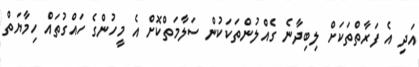
އަދި އެ ފަރާތްތަކަށް ލިބިދާނެ ގެއްލުންތަކަކުން ސަލާމަތްކޮށް އެ މީހުންގެ ހައްގުތައް ހިމާޔަތް